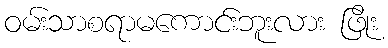
ဝမ်းသာစရာမကောင်းဘူးလား ဖြိုး